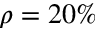
\rho = 2 0 \%